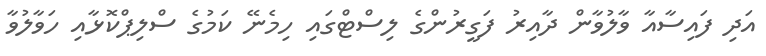
އަދި ފައިސާއާ ވާލުވާން ދާއިރު ފަގީރުންގެ ލިސްޓްގައި ހިމެނޭ ކަމުގެ ސްލިޕްކޮޅާއި ހަވާލުވާ